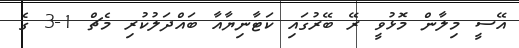
އޭސީ މިލާން މޮޅުވީ ރޭ ބޭރުގައި ކަޓާނިޔާއާ ބައްދަލުކުރި މެޗް 1-3 ގެ